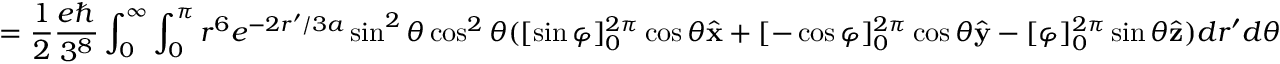
= \frac { 1 } { 2 } \frac { e \hbar } { 3 ^ { 8 } } \int _ { 0 } ^ { \infty } \int _ { 0 } ^ { \pi } r ^ { 6 } e ^ { - 2 r ^ { \prime } / 3 a } \sin ^ { 2 } \theta \cos ^ { 2 } \theta ( [ \sin \varphi ] _ { 0 } ^ { 2 \pi } \cos \theta \hat { \mathbf { x } } + [ - \cos \varphi ] _ { 0 } ^ { 2 \pi } \cos \theta \hat { \mathbf { y } } - [ \varphi ] _ { 0 } ^ { 2 \pi } \sin \theta \hat { \mathbf { z } } ) d r ^ { \prime } d \theta